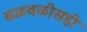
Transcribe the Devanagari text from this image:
चळवळीसही